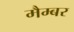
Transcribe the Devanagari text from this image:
मैम्बर